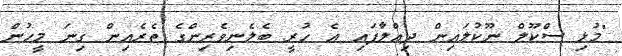
"މުޅި ސްކޫލް ނޫކުލައިން ދިއްލާފައި އެ ހުރީ ބެލެނިވެރިންގެ ތެރެއިން ގިނަ މީހުން